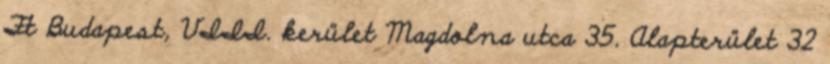
Ft Budapest, VIII. kerület Magdolna utca 35. Alapterület 32